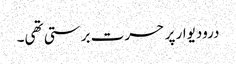
درودیوار پر حسرت برستی تھی۔